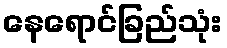
နေရောင်ခြည်သုံး